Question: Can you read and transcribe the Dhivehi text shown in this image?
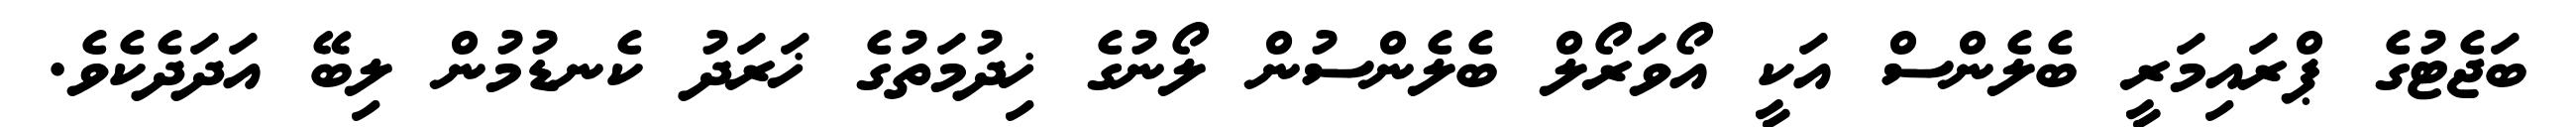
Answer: ބަޖެޓުގެ ޕްރައިމަރީ ބެލެންސް އަކީ އޯވަރޯލް ބެލެންސުން ލޯނުގެ ޚިދުމަތުގެ ޚަރަދު ކެނޑުމުން ލިބޭ އަދަދެކެވެ.